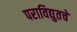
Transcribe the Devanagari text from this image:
पराविद्युतचे